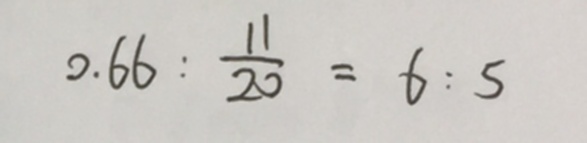
0 . 6 6 : \frac { 1 1 } { 2 0 } = 6 : 5